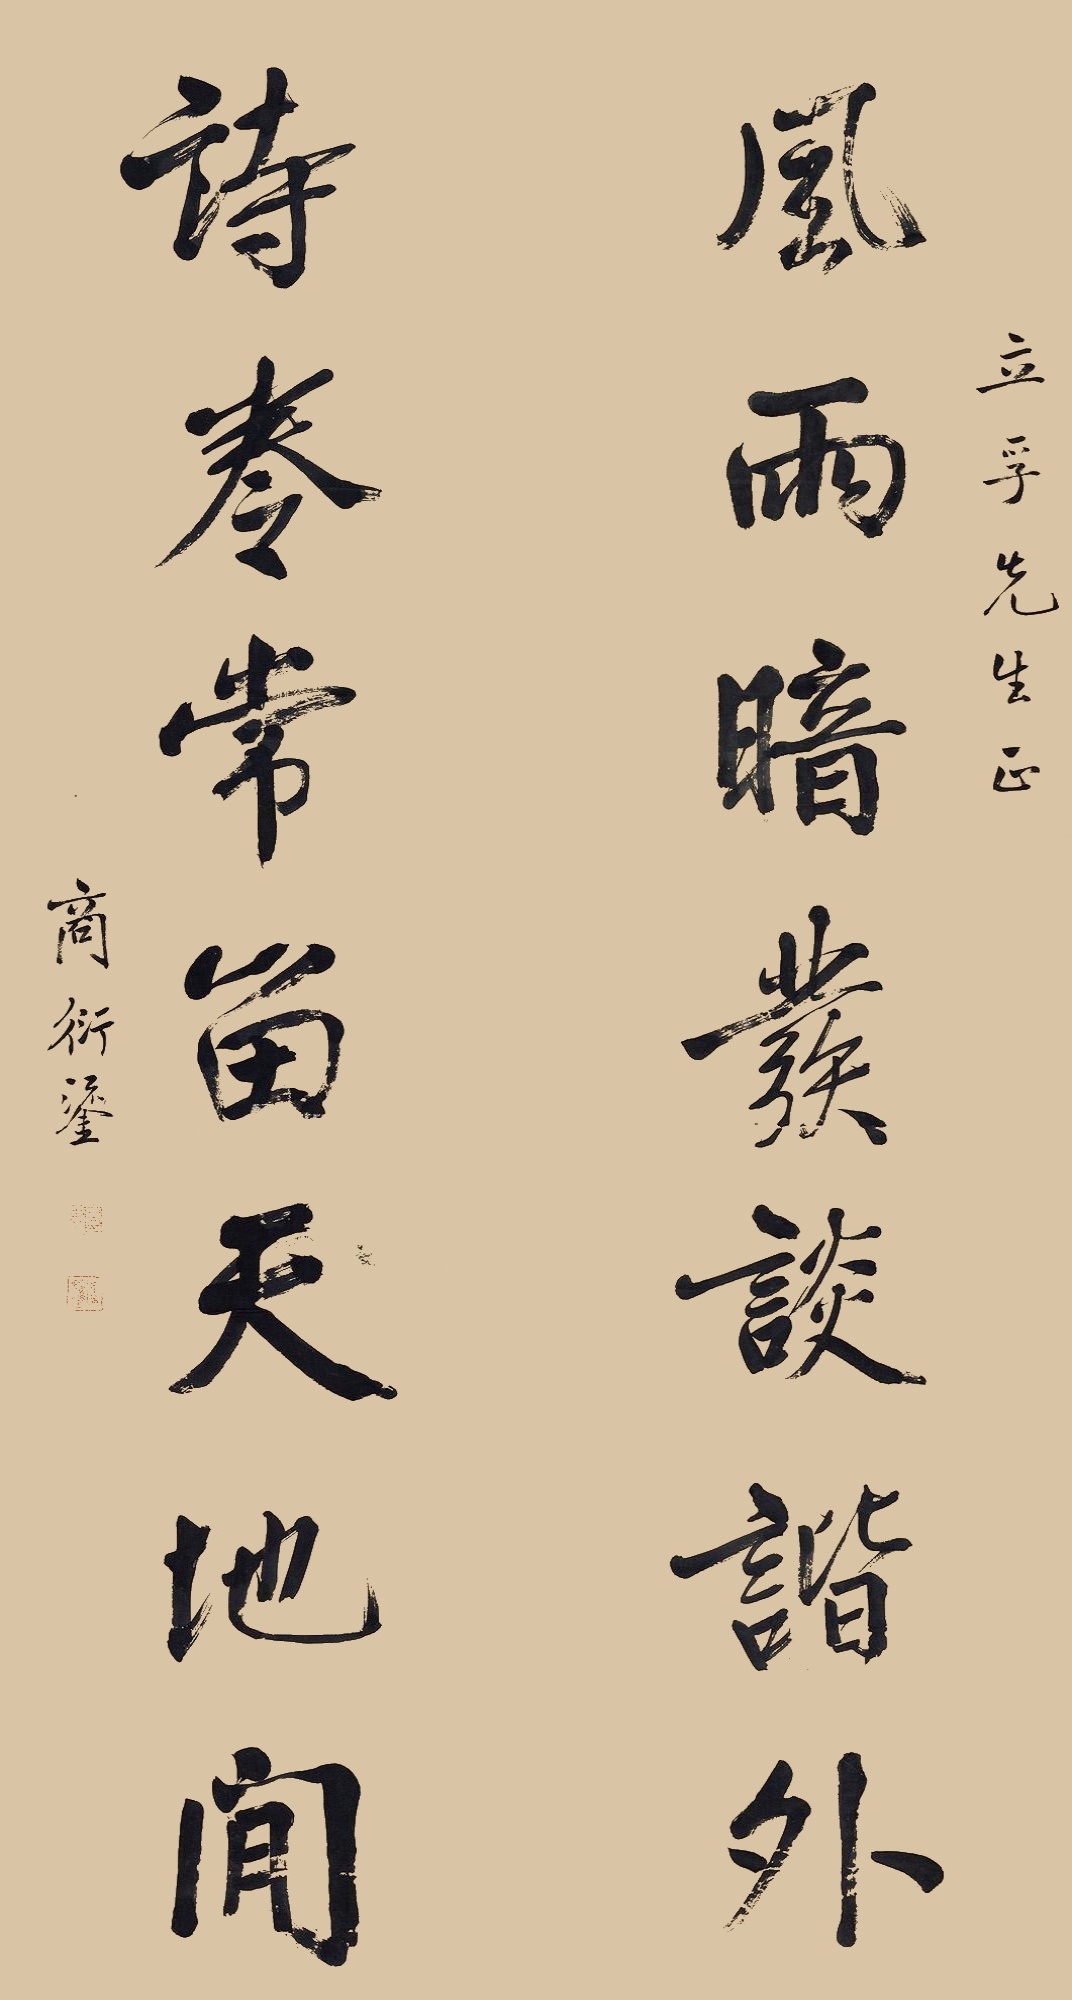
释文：风雨暗发谈谐外，诗卷常留天地间。立孚先生正，商衍鎏。